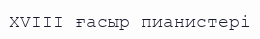
XVIII ғасыр пианистері